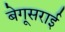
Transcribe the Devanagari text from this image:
बेगूसराई